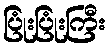
ပြုံးပြုံးကြီး